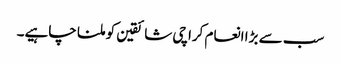
سب سے بڑا انعام کراچی شائقین کو ملنا چاہیے۔